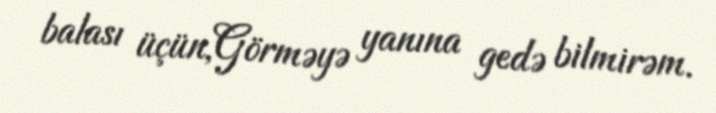
balası üçün,Görməyə yanına gedə bilmirəm.